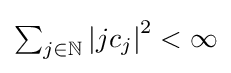
{\textstyle \sum _{j\in \mathbb {N} }\left|jc_{j}\right|^{2}<\infty }